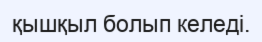
қышқыл болып келеді.